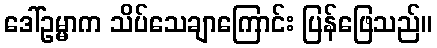
ဒေါ်ဥမ္မာက သိပ်သေချာကြောင်း ပြန်ဖြေသည်။